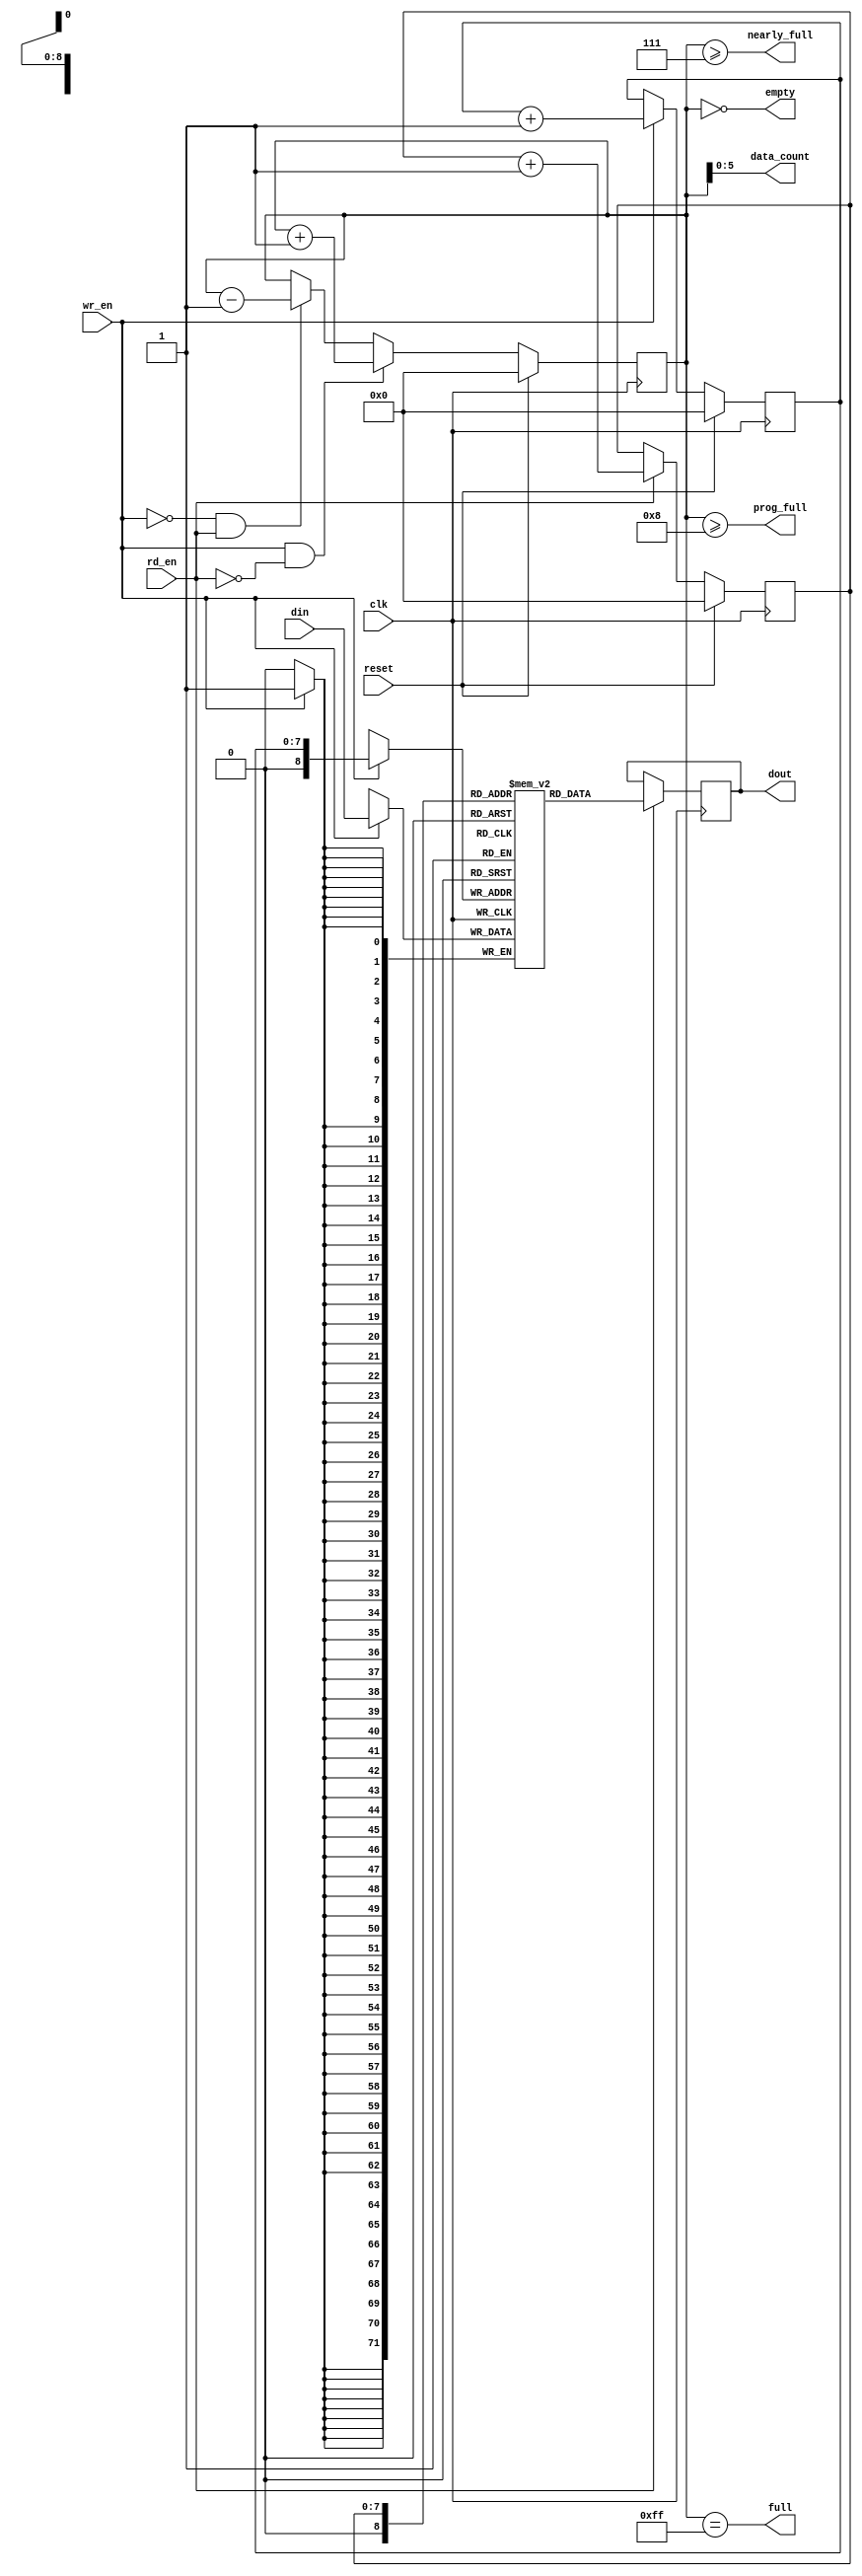
module data_fifo
    #(parameter WIDTH = 72,
      parameter FIFO_DEPTH = 256,
      parameter PROG_FULL_THRESHOLD = 8
      )
    (

     input [WIDTH-1:0] din,     // Data in
     input          wr_en,   // Write enable

     input          rd_en,   // Read the next word

     output reg [WIDTH-1:0]  dout,    // Data out
     output         full,
     output         nearly_full,
     output         prog_full,
     output         empty,
     output [5:0]      data_count,

     input          reset,
     input          clk
     );




reg [WIDTH-1:0] queue [256 : 0];
reg [7 : 0] rd_ptr;
reg [7 : 0] wr_ptr;
reg [7 : 0] depth;

// Sample the data
always @(posedge clk)
begin
   if (wr_en)
      queue[wr_ptr] <= din;
   if (rd_en)
      dout <=
	      // synthesis translate_off
	      #1
	      // synthesis translate_on
	      queue[rd_ptr];
end

always @(posedge clk)
begin
   if (reset) begin
      rd_ptr <= 'h0;
      wr_ptr <= 'h0;
      depth  <= 'h0;
   end
   else begin
      if (wr_en) wr_ptr <= wr_ptr + 'h1;
      if (rd_en) rd_ptr <= rd_ptr + 'h1;
      if (wr_en & ~rd_en) depth <=
				   // synthesis translate_off
				   #1
				   // synthesis translate_on
				   depth + 'h1;
      else if (~wr_en & rd_en) depth <=
				   // synthesis translate_off
				   #1
				   // synthesis translate_on
				   depth - 'h1;
   end
end

//assign dout = queue[rd_ptr];
assign full = depth == 255;
assign prog_full = (depth >= PROG_FULL_THRESHOLD);
assign nearly_full = depth >= 7;
assign empty = depth == 'h0;
assign data_count = depth;

// synthesis translate_off
always @(posedge clk)
begin
   if (wr_en && depth == 255 && !rd_en)
      $display($time, " ERROR: Attempt to write to full FIFO: %m");
   if (rd_en && depth == 'h0)
      $display($time, " ERROR: Attempt to read an empty FIFO: %m");
end
// synthesis translate_on

endmodule